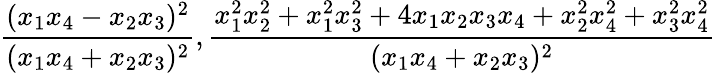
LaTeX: \displaystyle\frac{(x_{1}x_{4}-x_{2}x_{3})^{2}}{(x_{1}x_{4}+x_{2}x_{3})^{2}},\displaystyle\frac{x_{1}^{2}x_{2}^{2}+x_{1}^{2}x_{3}^{2}+4x_{1}x_{2}x_{3}x_{4}+x_{2}^{2}x_{4}^{2}+x_{3}^{2}x_{4}^{2}}{(x_{1}x_{4}+x_{2}x_{3})^{2}}